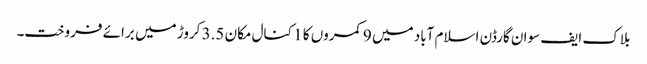
بلاک ایف سوان گارڈن اسلام آباد میں 9 کمروں کا 1 کنال مکان 3.5 کروڑ میں برائے فروخت۔